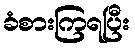
ခံစားကြရပြီး